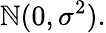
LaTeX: \mathbb{N}(0,\sigma^{2}).